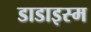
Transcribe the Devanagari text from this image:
डाडाइस्म